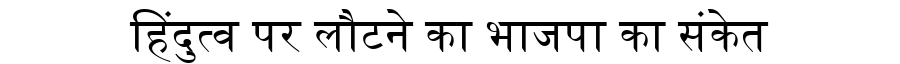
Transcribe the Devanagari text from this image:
हिंदुत्व पर लौटने का भाजपा का संकेत